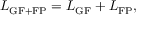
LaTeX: { \cal L } _ { \mathrm { G F + F P } } = { \cal L } _ { \mathrm { G F } } + { \cal L } _ { \mathrm { F P } } ,